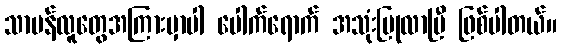
သာမန်လူတွေအကြားမှာပါ ပေါက်ရောက် အသုံးပြုလာပြီ ဖြစ်ပါတယ်။